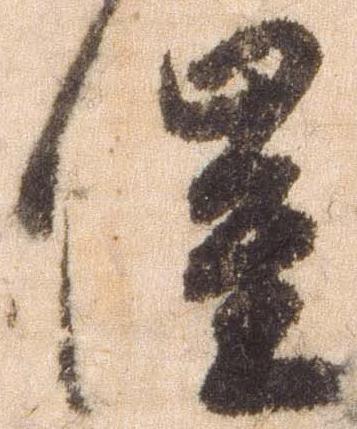
催